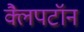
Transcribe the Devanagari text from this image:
क्लैपटॉन